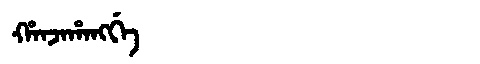
Manchu: ᡥᠠᠨᠵᠠᡥᠠᠩᡤᡝ
Romanization: HANJAHANGGE